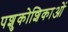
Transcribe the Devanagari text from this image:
पशुकोशिकाओं